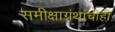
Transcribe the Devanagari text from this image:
समीक्षाग्रंथांचीही